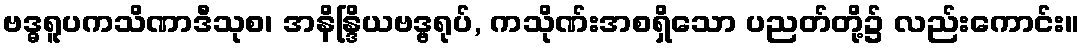
ဗဒ္ဓရူပကသိဏာဒီသုစ၊ အနိန္ဒြိယဗဒ္ဗရုပ်, ကသိုဏ်းအစရှိသော ပညတ်တို့၌ လည်းကောင်း။